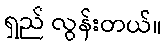
ရှည် လွန်းတယ်။